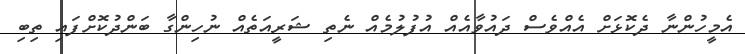
އެމީހުންނާ ދެކޮޅަށް އެއްވެސް ދައުވާއެއް އުފުލުމެއް ނެތި ޝަރީއަތެއް ނުހިންގާ ބަންދުކޮށްފައި ތިބި